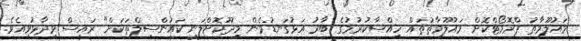
މައުލޫމާތު ޕްރޮމޯޓްކޮށް މައުލޫމާތުތައް ހިއްސާކުރުމުގެ ބާރު އަޅުގަނޑުމެން މިދޫކޮށްލަނީ ކައުންސިލްތަަކަށް" ރައީސް ވިދާޅުވިއެވެ.